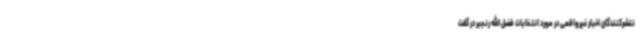
نتشرکنندگان اخبار غیرواقعی در مورد انتخابات فضل الله رنجبر در گفت